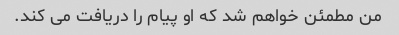
من مطمئن خواهم شد که او پیام را دریافت می کند.